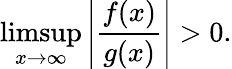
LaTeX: \operatorname*{limsup}_{x\to\infty}\left|{\frac{f(x)}{g(x)}}\right|>0.